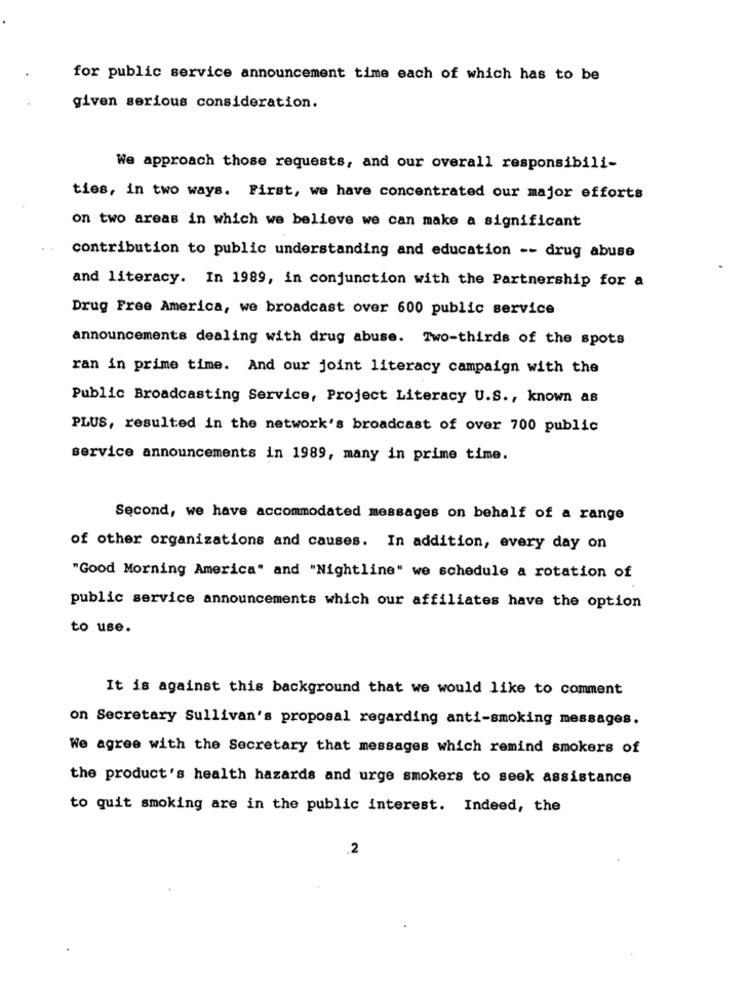
for public service announcement time each of which has to be
given serious consideration.
We approach those requests, and our overall responsibili-
ties, in two ways. First, we have concentrated our major efforts
on two areas in which we believe we can make a significant
contribution to public understanding and education -- drug abuse
and literacy. In 1989, in conjunction with the Partnership for a
Drug Free America, we broadcast over 600 public service
announcements dealing with drug abuse. Two-thirds of the spots
ran in prime time. And our joint literacy campaign with the
Public Broadcasting Service, Project Literacy U.S ., known as
PLUS, resulted in the network's broadcast of over 700 public
service announcements in 1989, many in prime time.
Second, we have accommodated messages on behalf of a range
of other organizations and causes. In addition, every day on
"Good Morning America" and "Nightline" we schedule a rotation of
public service announcements which our affiliates have the option
to use.
It is against this background that we would like to comment
on Secretary Sullivan's proposal regarding anti-smoking messages.
We agree with the Secretary that messages which remind smokers of
the product's health hazards and urge smokers to seek assistance
to quit smoking are in the public interest. Indeed, the
2